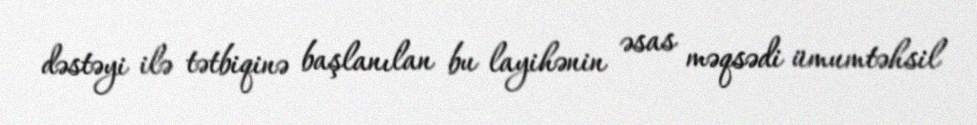
dəstəyi ilə tətbiqinə başlanılan bu layihənin əsas məqsədi ümumtəhsil